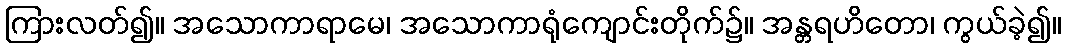
ကြားလတ်၍။ အသောကာရာမေ၊ အသောကာရုံကျောင်းတိုက်၌။ အန္တရဟိတော၊ ကွယ်ခဲ့၍။